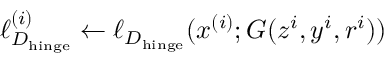
\ell _ { D _ { \mathrm { h i n g e } } } ^ { ( i ) } \leftarrow \ell _ { D _ { \mathrm { h i n g e } } } ( x ^ { ( i ) } ; G ( z ^ { i } , y ^ { i } , r ^ { i } ) )